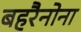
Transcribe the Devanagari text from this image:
बहरैनोना